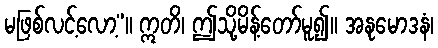
မဖြစ်လင့်လော့”။ ဣတိ၊ ဤသို့မိန့်တော်မူ၍။ အနုမောဒနံ၊